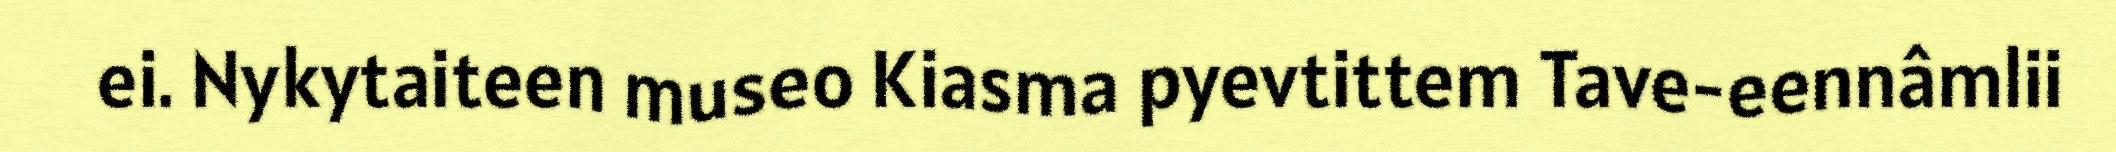
ei. Nykytaiteen museo Kiasma pyevtittem Tave-eennâmlii